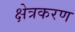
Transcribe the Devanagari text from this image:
क्षेत्रकरण